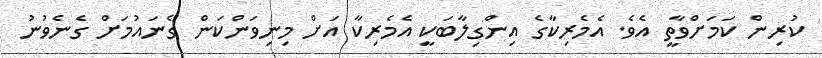
ކުރިން ކަމަށްވާތީ އެވެ. އެމެރިކާގެ އިންގިލާބަކީ އެމެރިކާ އަށް މިނިވަންކަން ގެނައުމަށް ގެނެވުނު